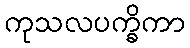
ကုသလပက္ခိကာ